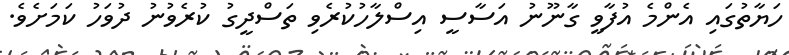
ހަޔާތުގައި އެންމެ އުފާވީ ގާނޫނު އަސާސީ އިސްލާހުކުރެވި ތަސްދީގު ކުރެވުނު ދުވަހު ކަމަށެވެ.